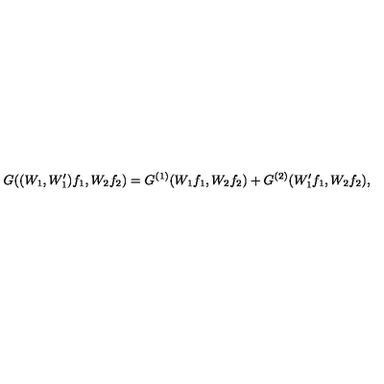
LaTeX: G ( ( W _ { 1 } , W _ { 1 } ^ { \prime } ) f _ { 1 } , W _ { 2 } f _ { 2 } ) = G ^ { ( 1 ) } ( W _ { 1 } f _ { 1 } , W _ { 2 } f _ { 2 } ) + G ^ { ( 2 ) } ( W _ { 1 } ^ { \prime } f _ { 1 } , W _ { 2 } f _ { 2 } ) ,